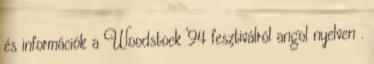
és információk a Woodstock '94 fesztiválról angol nyelven .